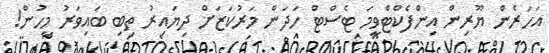
އަހަރެން ޔޫރިން އިންފެކްޓްވީމަ ޓެސްޓް ހަދަން މަރުކަޒަށް ދިޔައިރު ތިބި ބައިވަރު މީހުން!